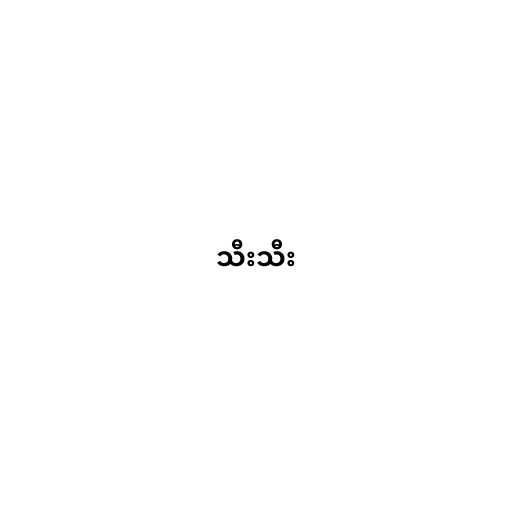
သီးသီး